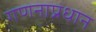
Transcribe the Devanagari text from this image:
गणनाप्रधान